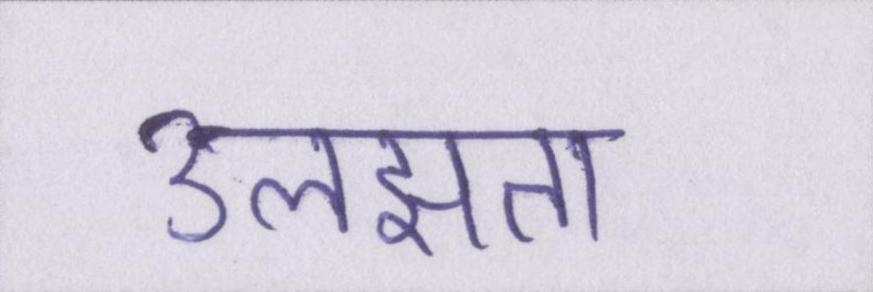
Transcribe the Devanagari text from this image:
उलझता